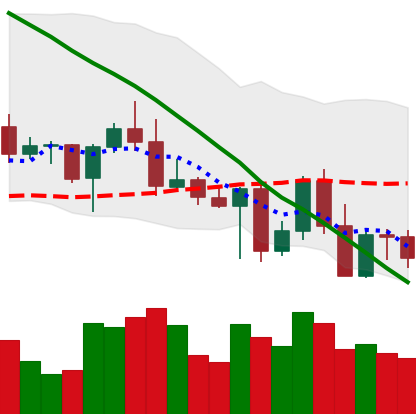
Ticker: BNB-USD
Chart end date: 2022-05-03
Forward return: -7.322%
Label: down_7plus